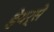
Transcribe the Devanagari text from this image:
हेयर्से